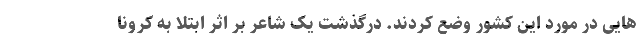
هایی در مورد این کشور وضع کردند. درگذشت یک شاعر بر اثر ابتلا به کرونا